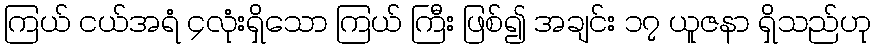
ကြယ် ငယ်အရံ ၄လုံးရှိသော ကြယ် ကြီး ဖြစ်၍ အချင်း ၁၇ ယူဇနာ ရှိသည်ဟု